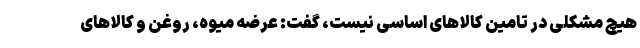
هیچ مشکلی در تامین کالاهای اساسی نیست، گفت: عرضه میوه، روغن و کالاهای